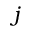
j